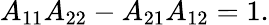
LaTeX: A_{11}A_{22}-A_{21}A_{12}=1.